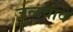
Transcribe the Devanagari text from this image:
जुळवावे